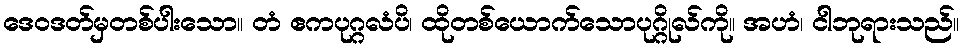
ဒေဝဒတ်မှတစ်ပါးသော။ တံ ဧကပုဂ္ဂလံပိ၊ ထိုတစ်ယောက်သောပုဂ္ဂိုလ်ကို။ အဟံ၊ ငါဘုရားသည်။